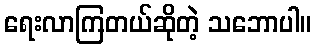
ရေးလာကြတယ်ဆိုတဲ့ သဘောပါ။